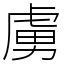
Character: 虜